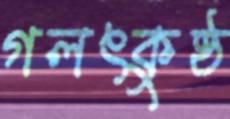
গলৎকুষ্ঠ